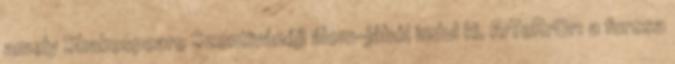
amely Shakespeare Szentivánéji álom-jából indul ki. ArTeRrOr: a furcsa